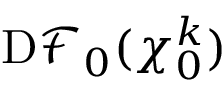
\mathrm { D } \mathscr { F } _ { 0 } ( \boldsymbol { \chi } _ { 0 } ^ { k } )